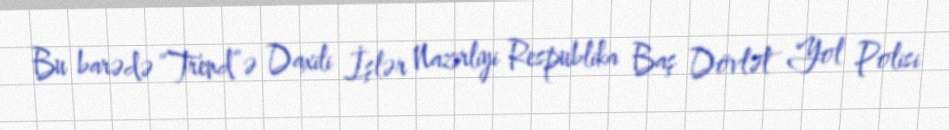
Bu barədə “Trend”ə Daxili İşlər Nazirliyi Respublika Baş Dövlət Yol Polisi